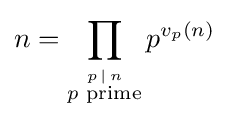
n=\prod _{\stackrel {p\,\mid \,n}{p{\text{ prime}}}}p^{v_{p}(n)}